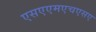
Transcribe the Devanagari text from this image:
एसएएमएचएसए